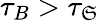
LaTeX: \tau_{B}>\tau_{\mathfrak{S}}